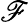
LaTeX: {\cal\mathscr{F}}